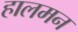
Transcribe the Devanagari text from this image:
हालमन